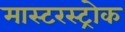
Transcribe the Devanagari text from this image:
मास्टरस्ट्रोक